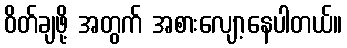
ဝိတ်ချဖို့ အတွက် အစားလျော့နေပါတယ်။